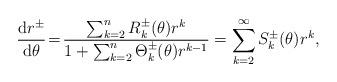
LaTeX: \begin{align*} \frac{\mathrm{d} r^\pm}{\mathrm{d} \theta}\!=\!\frac{\sum_{k=2}^{n}R^\pm_k(\theta)r^k }{1+\sum_{k=2}^{n}\Theta^\pm_k(\theta)r^{k-1}}=\sum_{k=2}^{\infty}S^\pm_k(\theta)r^k, \end{align*}